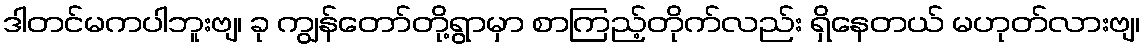
ဒါတင်မကပါဘူးဗျ၊ ခု ကျွန်တော်တို့ရွာမှာ စာကြည့်တိုက်လည်း ရှိနေတယ် မဟုတ်လားဗျ၊